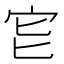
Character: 𡧏